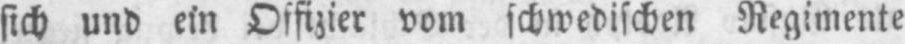
sich und ein Offizier vom schwedischen Regimente